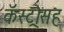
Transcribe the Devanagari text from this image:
कॅस्ट्रोसह